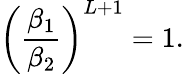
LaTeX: \left(\frac{\beta_{1}}{\beta_{2}}\right)^{L+1}=1.